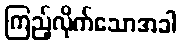
ကြည့်လိုက်သောအခါ